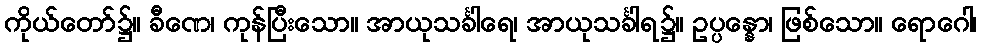
ကိုယ်တော်၌။ ခီဏေ၊ ကုန်ပြီးသော။ အာယုသင်္ခါရေ၊ အာယုသင်္ခါရ၌။ ဥပ္ပန္နော၊ ဖြစ်သော။ ရောဂေါ၊